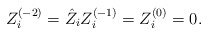
\begin{align*} Z_i^{(-2)} = \hat{Z}_i Z_i^{(-1)} = Z_i^{(0)} = 0.\end{align*}